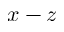
x - z